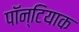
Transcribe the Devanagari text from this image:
पॉन्टियाक